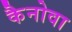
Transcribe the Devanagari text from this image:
कैनोवा